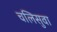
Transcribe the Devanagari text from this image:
चलिसुवा